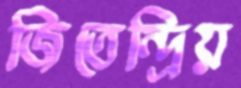
জিতেন্দ্রিয়